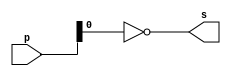
// ------------------------- 
// ExercicioExtra1 - NOR
// Nome: Rodrigo Arruda de Assis 
// ------------------------- 


// ------------------------- 
// ------------------------- 
// -- nor gate 
// ------------------------- 
	module norgate ( output s, 
	input [7:0] p); 
	nor nor1 (s, p); 
	endmodule // norgate 

// --------------------- 
// -- test nor gate 
// --------------------- 
	module testandgate; 

// ------------------------- dados locais 
	reg [7:0] a; // definir registradores 
	wire s; // definir conexao (fio) 
	
// ------------------------- instancia 
	norgate NOR1 (s, a); 

// ------------------------- preparacao 
	initial begin:start 
// atribuicao simultanea 
// dos valores iniciais 
	a=00000000; 
end 
// ------------------------- parte principal 
	initial begin 
	$display("Exercicio0010 - Rodrigo Arruda de Assis - 427460"); 
	$display("Test NOR gate"); 
	
		a=00000000;  
	#1 $display("%b = %b", a, s); 
	
	
	
end 
endmodule // testnorgate